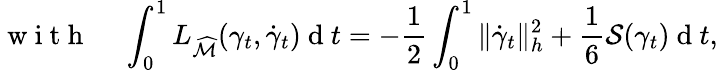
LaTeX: \mathrm{~w~i~t~h~}\; \; \; \; \int_{0}^{1}L_{\widehat{\mathcal{M}}}(\gamma_{t},\dot{\gamma}_{t})\mathrm{~d~}t=-\frac{1}{2}\int_{0}^{1}\| \dot{\gamma}_{t}\| _{h}^{2}+\frac{1}{6}\mathcal{S}(\gamma_{t})\mathrm{~d~}t,